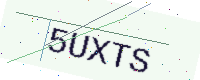
Text: 5UXTS